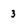
Character: 3